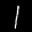
Label: 1